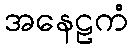
အနေဠကံ